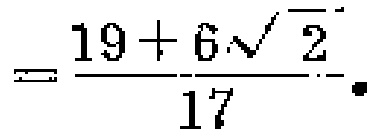
$=\frac{19 + 6\sqrt{2}}{17}.$